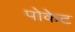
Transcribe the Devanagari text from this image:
पोकेट